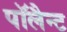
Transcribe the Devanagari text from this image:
पॉलैन्ट